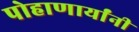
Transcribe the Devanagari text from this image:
पोहाणार्यांनी